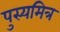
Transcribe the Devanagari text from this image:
पुस्यमित्र